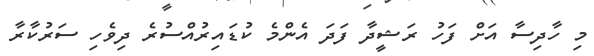
މި ހާދިސާ އަށް ފަހު ރަޝީދާ ފަދަ އެންމެ ކުޑައިރުއްސުރެ ދިވެހި ސަރުކާރާ